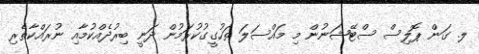
ލ. ގަން ޕޮލިސް ސްޓޭޝަނުން މި މައްސަލަ ތަހުގީގުކުރަމުން ދަނީ ބިރުދެއްކުމާއި ނުރައްކާތެރި